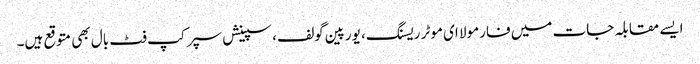
ایسے مقابلہ جات میں فارمولا ای موٹر ریسنگ، یورپین گولف، سپینش سپر کپ فٹ بال بھی متوقع ہیں۔